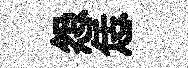
怨恁